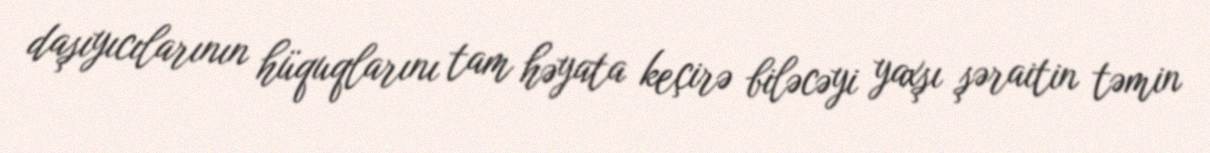
daşıyıcılarının hüquqlarını tam həyata keçirə biləcəyi yaxşı şəraitin təmin